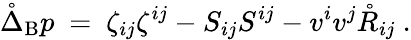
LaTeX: \mathring{\Delta}_{\mathrm{B}}p\ =\ \zeta_{ij}\zeta^{ij}-S_{ij}S^{ij}-v^{i}v^{j}\mathring{R}_{ij}~.